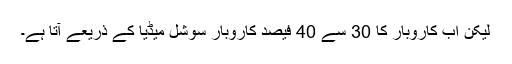
لیکن اب کاروبار کا 30 سے 40 فیصد کاروبار سوشل میڈیا کے ذریعے آتا ہے۔